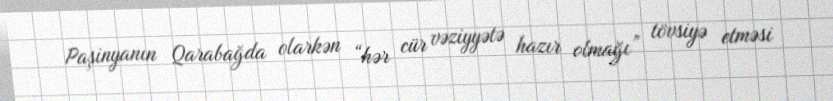
Paşinyanın Qarabağda olarkən “hər cür vəziyyətə hazır olmağı” tövsiyə etməsi